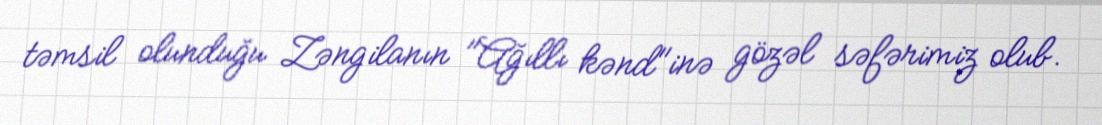
təmsil olunduğu Zəngilanın "Ağıllı kənd"inə gözəl səfərimiz olub.